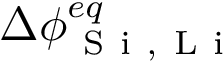
\Delta \phi _ { \mathrm { ~ S ~ i ~ , ~ L ~ i ~ } } ^ { e q }